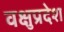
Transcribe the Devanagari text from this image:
वक्षुप्रदेश